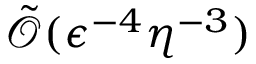
\tilde { \mathcal { O } } ( \epsilon ^ { - 4 } \eta ^ { - 3 } )